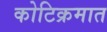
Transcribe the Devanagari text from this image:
कोटिक्रमात